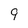
Character: 9